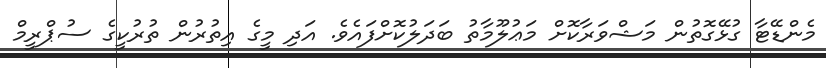
މެންޑޭޓާ ގުޅޭގޮތުން މަޝްވަރާކޮށް މަޢުލޫމާތު ބަދަލުކޮށްފައެވެ. އަދި މީގެ އިތުރުން ތުރުކީގެ ސުޕްރީމް